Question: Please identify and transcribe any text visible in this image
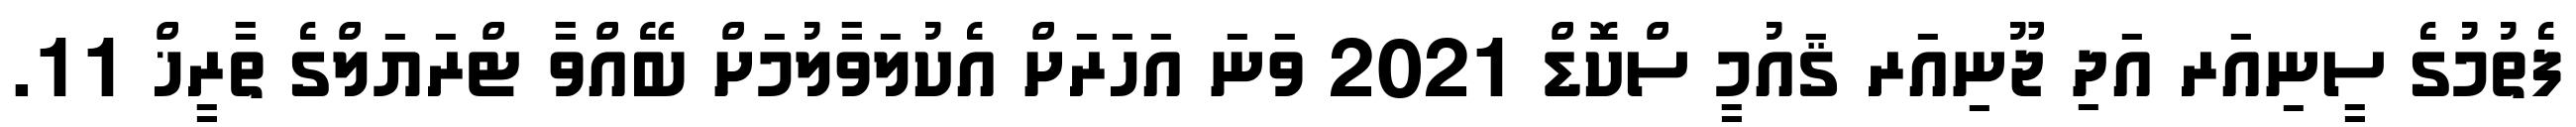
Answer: ފެތުމުގެ ސީނިއަރ އަދި ޖޫނިއަރ ޤައުމީ ސްކޮޑް 2021 ވަނަ އަހަރަށް އެކުލަވާލުމަށް ބޭއްވާ ޓްރަޔަލްގެ ތާރީޚް 11.